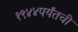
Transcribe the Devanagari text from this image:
१९४४पर्यंतची